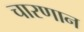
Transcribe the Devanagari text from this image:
चारणान